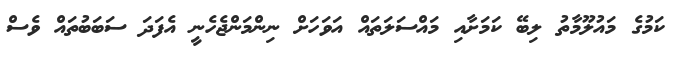
ކަމުގެ މައުލޫމާތު ލިބޭ ކަމަށާއި މައްސަލަތައް އަވަހަށް ނިންމަންޖެހެނީ އެފަދަ ސަބަބުތައް ވެސް